Report on plague in the Punjab from October 1st ... to September 30th ..., being the ... season of plague in the province
Disease focus: Plague
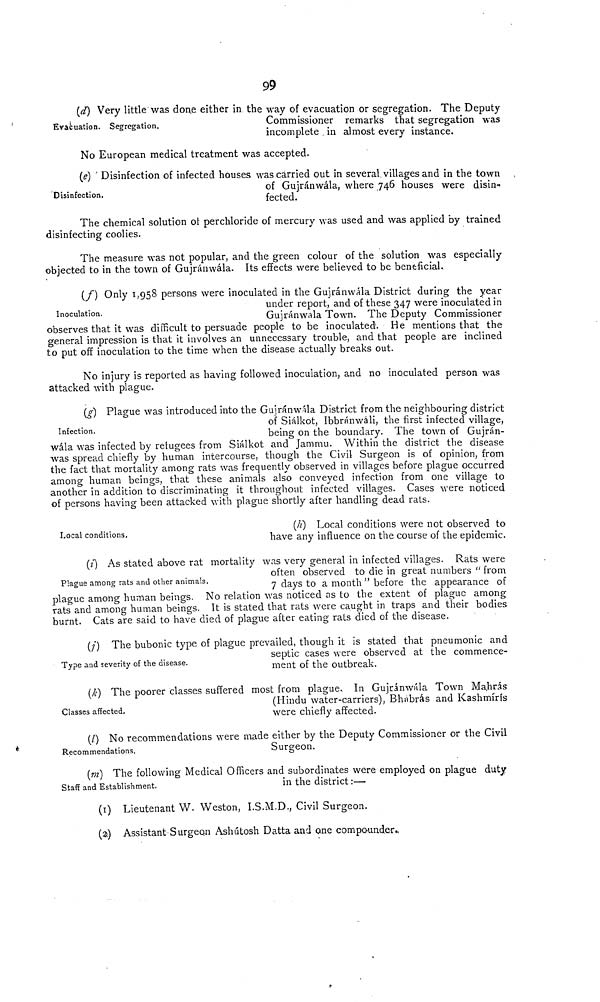
99
Evacuation. Segregation.
(d) Very little was don,e either in the way of evacuation or segregation. The Deputy
Commissioner remarks that segregation was
incomplete , in almost every instance.
No European medical treatment was accepted.
Disinfection.
(e) ' Disinfection of infected houses was carried out in several villages and in the town
of Gujránwála, where 746 houses were disin-
fected.
The chemical solution of perchloride of mercury was used and was applied by trained
disinfecting coolies.
The measure was not popular, and the green colour of the solution was especially
obiected to in the town of Guiránwála. Its effects were believed to be beneficial.
Inoculation.
(f) Only 1,958 persons were inoculated in the Gujránwála District during the year
under report, and of these 347 were inoculated in
Gujránwala Town. The Deputy Commissioner
observes that it was difficult to persuade people to be inoculated. He mentions that the
general impression is that it involves an unnecessary trouble, and that people are inclined
to put off inoculation to the time when the disease actually breaks out.
No injury is reported as having followed inoculation, and no inoculated person was
attacked with plague.
Infection.
(g) Plague was introduced into the Gujránw'ala District from the neighbouring district
of Siálkot, Ibbránwáli, the first infected village,
being on the boundary. The town of Gujrán-
wála was infected by refugees from Sialkot and Jammu. Within the district the disease
was spread chiefly by human intercourse, though the Civil Surgeon is of opinion, from
the fact that mortality among rats was frequently observed in villages before plague occurred
among human beings, that these animals also conveyed infection from one village to
another in addition to discriminating it throughout infected villages. Cases were noticed
of persons having been attacked with plague shortly after handling dead rats.
Local conditions.
(h) Local conditions were not observed to
have any influence on the course of the epidemic.
Plague among rats and other animals.
(i) As stated above rat mortality was very general in infected villages. Rats were
often observed to die in great numbers " from
7 days to a month " before the appearance of
plague among human beings. No relation was noticed as to the extent of plague among
rats and among human beings. It is stated that rats were caught in traps and their bodies
burnt. Cats are said to have died of plague after eating rats died of the disease.
Type and severity of the disease.
(j) The bubonic type of plague prevailed, though it is stated that pneumonic and
septic cases were observed at the commence-
ment of the outbreak.
Classes affected.
(k) The poorer classes suffered most from plague. In Gujránwála Town Mahrás
(Hindu water-carriers), Bhabrás and Kashmiris
were chiefly affected.
Recommendations.
(A No recommendations were made either by the Deputy Commissioner or the Civil
Surgeon.
(m) The following Medical Officers and subordinates were employed on plague duty
Staff and Establishment.
in
the district :—
(1) Lieutenant W. Weston, I.S.M.D., Civil Surgeon.
(2) Assistant Surgeon Ashútosh Datta and one compounder.,